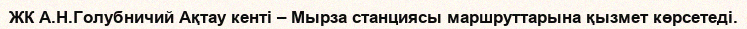
ЖК А.Н.Голубничий Ақтау кенті – Мырза станциясы маршруттарына қызмет көрсетеді.